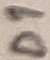
Text: D1